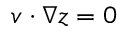
\boldsymbol { v } \cdot \nabla z = 0